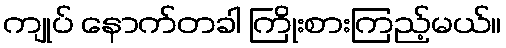
ကျုပ် နောက်တခါ ကြိုးစားကြည့်မယ်။